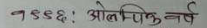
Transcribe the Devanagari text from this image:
१९५६: ओलिम्पिक वर्ष